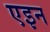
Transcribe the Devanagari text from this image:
एइन